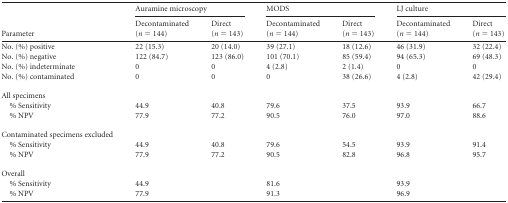
<table><thead><tr><td rowspan="2"><b>Parameter</b></td><td colspan="2"><b>Auramine microscopy</b></td><td colspan="2"><b>MODS</b></td><td colspan="2"><b>LJ culture</b></td></tr><tr><td><b>Decontaminated (<i>n</i> = 144)</b></td><td><b>Direct (<i>n</i> = 143)</b></td><td><b>Decontaminated (<i>n</i> = 144)</b></td><td><b>Direct (<i>n</i> = 143)</b></td><td><b>Decontaminated (<i>n</i> = 144)</b></td><td><b>Direct (<i>n</i> = 143)</b></td></tr></thead><tbody><tr><td>No. (%) positive</td><td>22 (15.3)</td><td>20 (14.0)</td><td>39 (27.1)</td><td>18 (12.6)</td><td>46 (31.9)</td><td>32 (22.4)</td></tr><tr><td>No. (%) negative</td><td>122 (84.7)</td><td>123 (86.0)</td><td>101 (70.1)</td><td>85 (59.4)</td><td>94 (65.3)</td><td>69 (48.3)</td></tr><tr><td>No. (%) indeterminate</td><td>0</td><td>0</td><td>4 (2.8)</td><td>2 (1.4)</td><td>0</td><td>0</td></tr><tr><td>No. (%) contaminated</td><td>0</td><td>0</td><td>0</td><td>38 (26.6)</td><td>4 (2.8)</td><td>42 (29.4)</td></tr><tr><td>All specimens</td><td>[EMPTY_CELL]</td><td>[EMPTY_CELL]</td><td>[EMPTY_CELL]</td><td>[EMPTY_CELL]</td><td>[EMPTY_CELL]</td><td>[EMPTY_CELL]</td></tr><tr><td>% Sensitivity</td><td>44.9</td><td>40.8</td><td>79.6</td><td>37.5</td><td>93.9</td><td>66.7</td></tr><tr><td>% NPV</td><td>77.9</td><td>77.2</td><td>90.5</td><td>76.0</td><td>97.0</td><td>88.6</td></tr><tr><td>Contaminated specimens excluded</td><td>[EMPTY_CELL]</td><td>[EMPTY_CELL]</td><td>[EMPTY_CELL]</td><td>[EMPTY_CELL]</td><td>[EMPTY_CELL]</td><td>[EMPTY_CELL]</td></tr><tr><td>% Sensitivity</td><td>44.9</td><td>40.8</td><td>79.6</td><td>54.5</td><td>93.9</td><td>91.4</td></tr><tr><td>% NPV</td><td>77.9</td><td>77.2</td><td>90.5</td><td>82.8</td><td>96.8</td><td>95.7</td></tr><tr><td>Overall</td><td colspan="2">[EMPTY_CELL]</td><td colspan="2">[EMPTY_CELL]</td><td colspan="2">[EMPTY_CELL]</td></tr><tr><td>% Sensitivity</td><td colspan="2">44.9</td><td colspan="2">81.6</td><td colspan="2">93.9</td></tr><tr><td>% NPV</td><td colspan="2">77.9</td><td colspan="2">91.3</td><td colspan="2">96.9</td></tr></tbody></table>